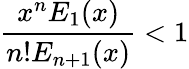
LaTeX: \frac{x^{n}E_{1}(x)}{n!E_{n+1}(x)}<1